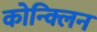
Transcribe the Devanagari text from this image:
कोन्क्लिन